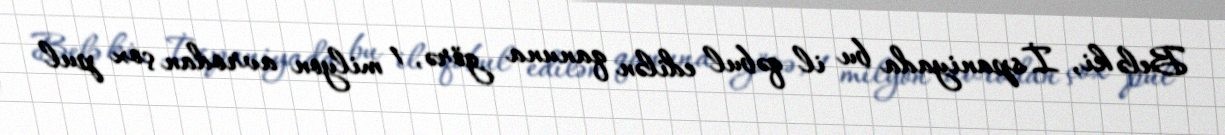
Belə ki, İspaniyada bu il qəbul edilən qanuna görə, 1 milyon avrodan çox pul